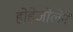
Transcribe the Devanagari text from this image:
होहेजोलेर्न